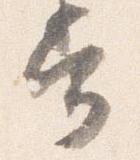
常